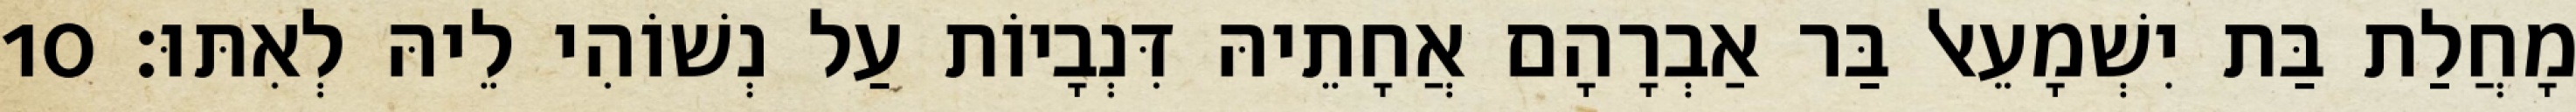
מָחֲלַת בַּת יִשְׁמָעֵאל בַּר אַבְרָהָם אֲחָתֵיהּ דִּנְבָיוֹת עַל נְשׁוֹהִי לֵיהּ לְאִתּוּ׃ 10